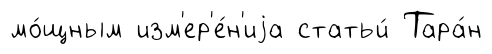
мо́щным изм'ер'е́н'иjа статьи́ Тара́н